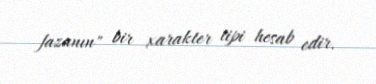
fazanın" bir xarakter tipi hesab edir.